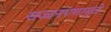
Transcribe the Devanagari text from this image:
सज्जनपणामुळे